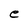
Character: e